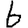
Digit: 6